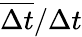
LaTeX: \overline{{\Delta t}}/\Delta t